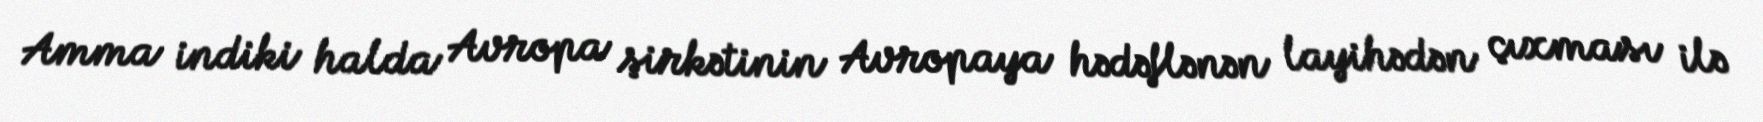
Amma indiki halda Avropa şirkətinin Avropaya hədəflənən layihədən çıxması ilə